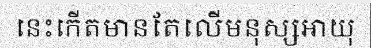
នេះកើតមានតែលើមនុស្សអាយុ